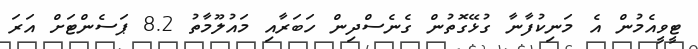
ޓީވީއެމުން އެ މަނިކުފާނާ ގުޅޭގޮތުން ގެނެސްދިން ހަބަރާއި މައުލޫމާތު 8.2 ޕަސެންޓަށް އަރަ